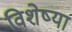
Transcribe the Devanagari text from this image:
विशेष्या